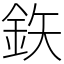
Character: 鉃